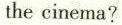
the cinema?